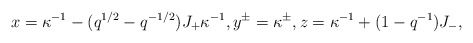
\begin{align*} x=\kappa^{-1}-(q^{1/2}-q^{-1/2})J_{+}\kappa^{-1},y^{\pm}=\kappa^{\pm},z=\kappa^{-1}+(1-q^{-1})J_{-},\end{align*}